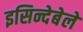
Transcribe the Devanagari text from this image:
इसिन्देबेले